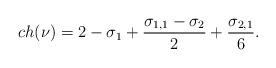
LaTeX: \begin{align*}ch(\nu) = 2 -\sigma_1 +\frac{\sigma_{1,1}-\sigma_2}{2} + \frac{\sigma_{2,1}}{6}.\end{align*}